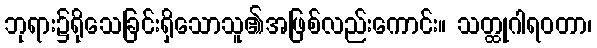
ဘုရား၌ရိုသေခြင်းရှိသောသူ၏အဖြစ်လည်းကောင်း။ သတ္ထုဂါရဝတာ၊